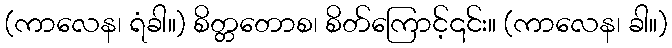
(ကာလေန၊ ရံခါ။) စိတ္တတောစ၊ စိတ်ကြောင့်၎င်း။ (ကာလေန၊ ခါ။)